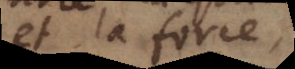
et la force,